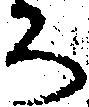
ち